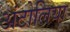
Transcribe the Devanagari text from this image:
अंटोलिया